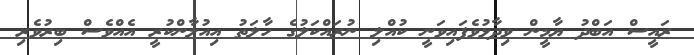
ރައީސް އަބްދު ޔާމީން ވިދާޅުވެފައިވަނީ ކުއްލި ނުރައްކަލުގެ ހާލަތު އިއުލާންކުރީ އެއްވެސް ބިރުވެރި